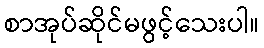
စာအုပ်ဆိုင်မဖွင့်သေးပါ။